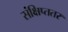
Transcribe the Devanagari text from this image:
संक्षिप्ततर